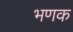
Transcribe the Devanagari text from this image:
भणक